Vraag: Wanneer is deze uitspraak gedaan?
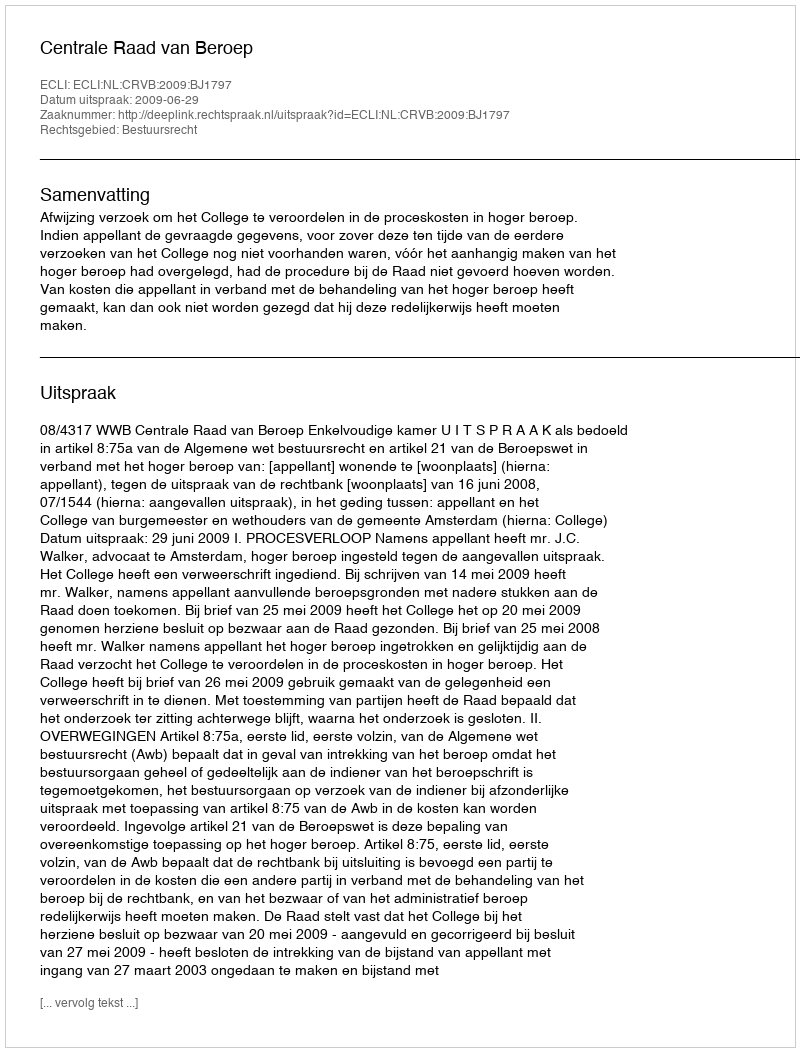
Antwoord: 2009-06-29